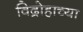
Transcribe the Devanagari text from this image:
विद्रोहाच्या